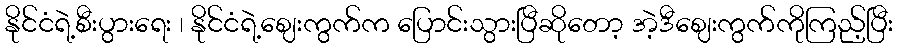
နိုင်ငံရဲ့စီးပွားရေး ၊ နိုင်ငံရဲ့ဈေးကွက်က ပြောင်းသွားပြီဆိုတော့ အဲ့ဒီဈေးကွက်ကိုကြည့်ပြီး